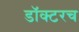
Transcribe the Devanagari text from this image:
डॉक्टरच